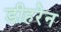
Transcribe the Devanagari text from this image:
डीहरेन